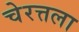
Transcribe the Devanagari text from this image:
चेरत्तला